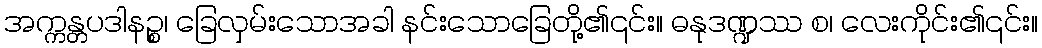
အက္ကန္တပဒါနဉ္စ၊ ခြေလှမ်းသောအခါ နင်းသောခြေတို့၏၎င်း။ ဓနုဒဏ္ဍဿ စ၊ လေးကိုင်း၏၎င်း။